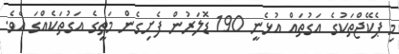
މި ޕެކޭޖްތަކުގެ އަގުތައް އުޅެނީ 190 ޑޮލަރުން ފެށިގެން މަތީގެ އަގުތަކެއްގަ އެވެ.